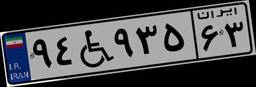
۹۴W۹۳۵۶۳